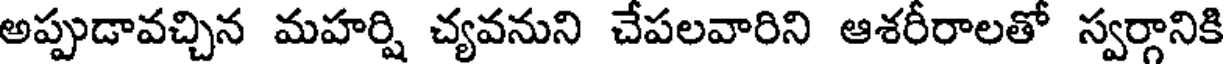
అప్పుడావచ్చిన మహర్షి చ్యవనుని చేపలవారిని ఆశరీరాలతో స్వర్గానికి